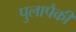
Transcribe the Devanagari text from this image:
पुलापैकी